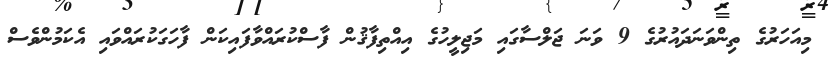
މިއަހަރުގެ ތިންވަނަދައުރުގެ 9 ވަނަ ޖަލްސާގައި މަޖިލީހުގެ އިއްތިފާޤުން ފާސްކުރައްވާފައިކަން ފާހަގަކުރައްވައި އެކަމުންވެސް